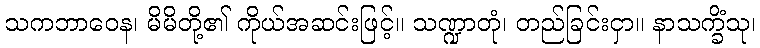
သကဘာဝေန၊ မိမိတို့၏ ကိုယ်အဆင်းဖြင့်။ သဏ္ဍာတုံ၊ တည်ခြင်းငှာ။ နာသက္ခိံသု၊